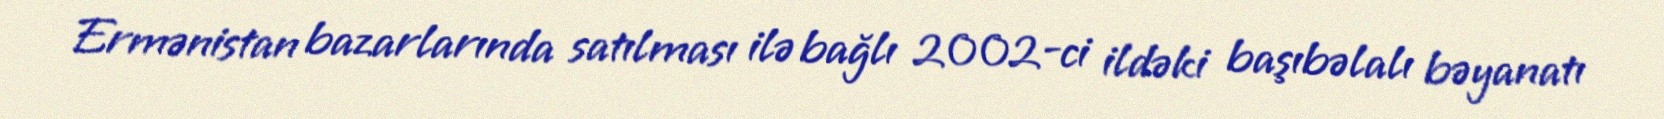
Ermənistan bazarlarında satılması ilə bağlı 2002-ci ildəki başıbəlalı bəyanatı